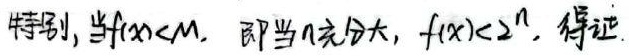
特别地，当\(f(x)<M\)，即当\(n\)充分大时，\(f(x)<2^n\)，得证。